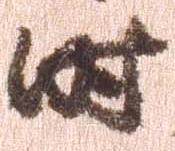
時